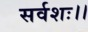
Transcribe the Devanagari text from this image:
सर्वशः।।